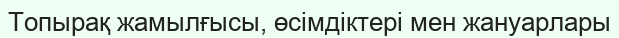
Топырақ жамылғысы, өсімдіктері мен жануарлары